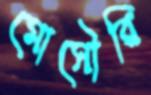
মোসৌরি